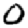
Digit: 0